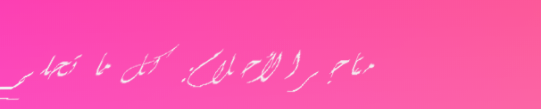
متاجر الأحلام: كل ما تحلم